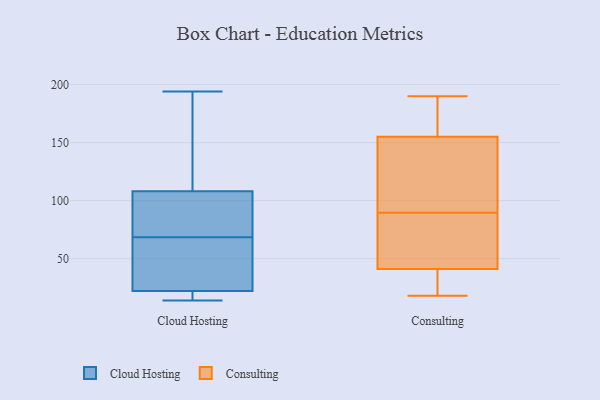
{"axis": {"x": "Website Visitors", "y": "Value"}, "legend": ["Cloud Hosting", "Consulting"], "data": [{"x": "", "y": 16, "type": "Cloud Hosting"}, {"x": "", "y": 39, "type": "Cloud Hosting"}, {"x": "", "y": 194, "type": "Cloud Hosting"}, {"x": "", "y": 77, "type": "Cloud Hosting"}, {"x": "", "y": 163, "type": "Cloud Hosting"}, {"x": "", "y": 51, "type": "Cloud Hosting"}, {"x": "", "y": 68, "type": "Cloud Hosting"}, {"x": "", "y": 14, "type": "Cloud Hosting"}, {"x": "", "y": 22, "type": "Cloud Hosting"}, {"x": "", "y": 18, "type": "Cloud Hosting"}, {"x": "", "y": 108, "type": "Cloud Hosting"}, {"x": "", "y": 145, "type": "Cloud Hosting"}, {"x": "", "y": 69, "type": "Cloud Hosting"}, {"x": "", "y": 86, "type": "Cloud Hosting"}, {"x": "", "y": 135, "type": "Consulting"}, {"x": "", "y": 94, "type": "Consulting"}, {"x": "", "y": 41, "type": "Consulting"}, {"x": "", "y": 64, "type": "Consulting"}, {"x": "", "y": 57, "type": "Consulting"}, {"x": "", "y": 31, "type": "Consulting"}, {"x": "", "y": 155, "type": "Consulting"}, {"x": "", "y": 18, "type": "Consulting"}, {"x": "", "y": 184, "type": "Consulting"}, {"x": "", "y": 190, "type": "Consulting"}, {"x": "", "y": 19, "type": "Consulting"}, {"x": "", "y": 35, "type": "Consulting"}, {"x": "", "y": 113, "type": "Consulting"}, {"x": "", "y": 175, "type": "Consulting"}, {"x": "", "y": 176, "type": "Consulting"}, {"x": "", "y": 52, "type": "Consulting"}, {"x": "", "y": 113, "type": "Consulting"}, {"x": "", "y": 85, "type": "Consulting"}]}